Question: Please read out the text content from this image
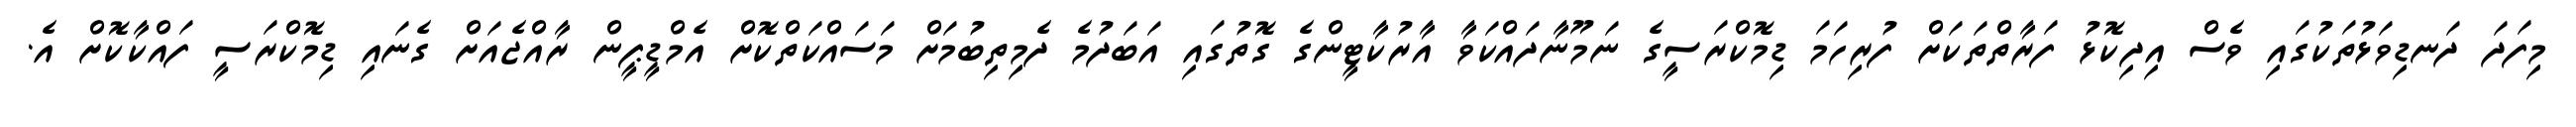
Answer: މިފަދަ ދަނޑިވަޅުތަކުގައި ވެސް އިދިކޮޅު ފަރާތްތަކަށް ފުރިހަމަ ޑިމޮކްރަސީގެ ނަމޫނާދައްކަވާ އާރުކާޓީންގެ ގޮތުގައި އަބަދުމެ ދެމިތިބުމަށް މަސައްކަތްކޮށް އެމްޑީޕީން ރާއްޖެއަށް ގެނައި ޑިމޮކްރަސީ ފައްކާކޮށް އެ.